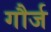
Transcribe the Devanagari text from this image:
गौर्ज